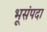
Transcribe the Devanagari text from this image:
भूसंपदा